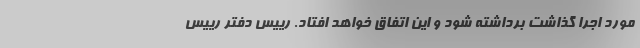
مورد اجرا گذاشت برداشته شود و این اتفاق خواهد افتاد. رییس دفتر رییس